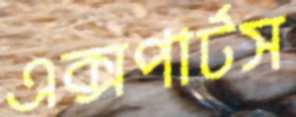
এক্সপার্টস